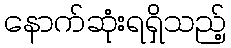
နောက်ဆုံးရရှိသည့်